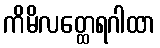
ကိမိလတ္ထေရဂါထာ